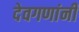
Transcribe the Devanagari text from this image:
देवगणांनी